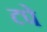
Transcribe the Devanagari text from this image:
टपे